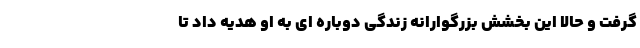
گرفت و حالا این بخشش بزرگوارانه زندگی دوباره ای به او هدیه داد تا